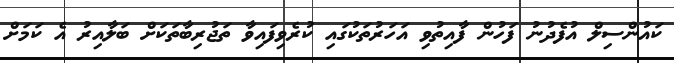
ކައުންސިލް އުފެދުނު ފަހުން ފާއިތުވި އަހަރުތަކުގައި ކުރެވިފައިވާ ތަޖުރިބާތަކަށް ބަލާއިރު އެ ކަމަށް